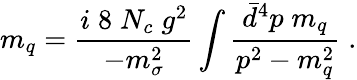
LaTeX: m_{q}={\frac{i\; 8\; N_{c}\; g^{2}}{-m_{\sigma}^{2}}}\int{\frac{\bar{d}^{4}p\; m_{q}}{p^{2}-m_{q}^{2}}}\; .